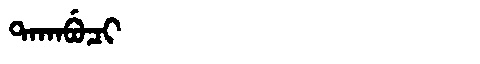
Manchu: ᡨᠠᡴᠠᠪᡠᠴᡳ
Romanization: TAKABUCI